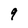
Character: 9